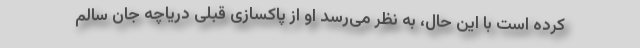
کرده است با این حال، به نظر می‌رسد او از پاکسازی قبلی دریاچه جان سالم